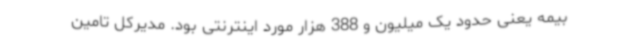
بیمه یعنی حدود یک میلیون و 388 هزار مورد اینترنتی بود. مدیرکل تامین